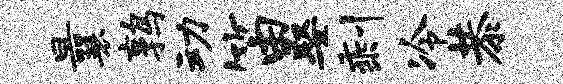
曩鹑动笛娶剩冷恭